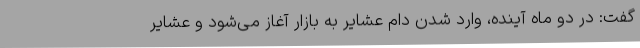
گفت: در دو ماه آینده، وارد شدن دام عشایر به بازار آغاز می‌شود و عشایر